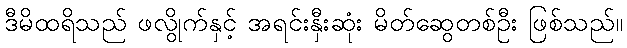
ဒီမိထရိသည် ဖလွိုက်နှင့် အရင်းနှီးဆုံး မိတ်ဆွေတစ်ဦး ဖြစ်သည်။